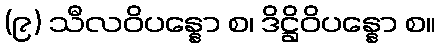
(၉) သီလဝိပန္နော စ၊ ဒိဋ္ဌိဝိပန္နော စ။